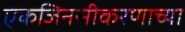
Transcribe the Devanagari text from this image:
एकजिनसीकरणाच्या